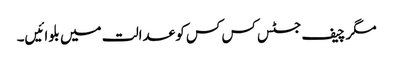
مگر چیف جسٹس کس کس کو عدالت میں بلوائیں۔